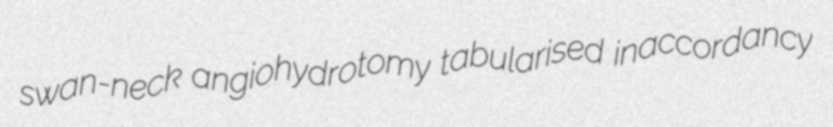
swan-neck angiohydrotomy tabularised inaccordancy